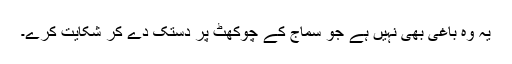
یہ وہ باغی بھی نہیں ہے جو سماج کے چوکھٹ پر دستک دے کر شکایت کرے۔